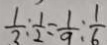
\frac { 1 } { 3 } : \frac { 1 } { 2 } = \frac { 1 } { 9 } : \frac { 1 } { 6 }